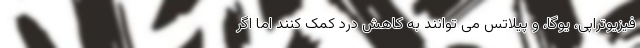
فیزیوتراپی، یوگا، و پیلاتس می توانند به کاهش درد کمک کنند اما اگر